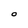
Character: O